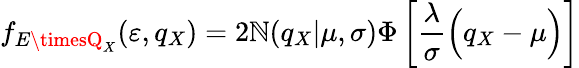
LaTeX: f_{E\timesQ_{X}}(\varepsilon,q_{X})=2\mathbb{N}(q_{X}|\mu,\sigma)\Phi\left[\frac{{\lambda}}{{\sigma}}\Bigl(q_{X}-\mu\Bigr)\right]